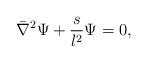
LaTeX: \begin{align*}\bar \nabla^2 \Psi + { s \over l^2} \Psi = 0,\end{align*}